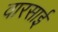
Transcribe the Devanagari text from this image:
वारसाई